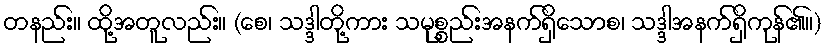
တနည်း။ ထို့အတူလည်း။ (စေ၊ သဒ္ဒါတို့ကား သမုစ္စည်းအနက်ရှိသောစ၊ သဒ္ဒါအနက်ရှိကုန်၏။)